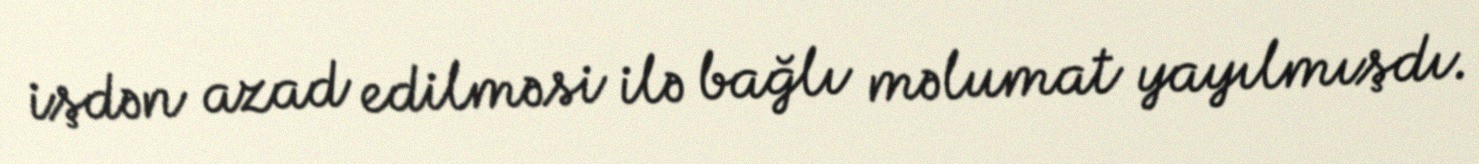
işdən azad edilməsi ilə bağlı məlumat yayılmışdı.